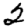
Digit: 2